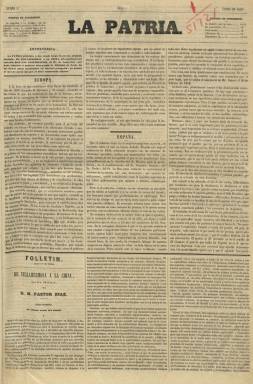
Título: La Patria (Madrid. 1849)
Colección: Periódicos
Ámbito geográfico: Madrid
Lugar de publicación: Madrid
Fechas: 01/01/1849-09/02/1851

Es un diario que aparece el uno de enero de 1849 como principal órgano de la facción del Partido Moderado conocida como de los “puritanos” (favorables a una alianza con los progresistas), fundado y dirigido por el más destacado de éstos, el político y escritor Joaquín Francisco Pacheco (1808-1865), quien se reveló como el más temido adversario periodístico del gobierno presidido, entre 1847 y 1851, por el general Ramón María Narváez (1800-1868), líder del propio partido conservador y principal artífice de la Constitución de 1845, máxima expresión del doctrinarismo español y que había dado lugar a la Década Moderada.

En el sector de los “puritanos” se encontraban también políticos, escritores y periodistas como Francisco Javier Istúriz (1790-1871), Nicomedes Pastor Díaz (1811-1863) o Antonio Ríos Rosas (1812-1873), que denominarán a su facción “partido moderado de la oposición”, con una tendencia liberal conservadora, que influiría en el movimiento posterior que dará lugar al Bienio Progresista (1854-1856).

Los principales redactores de La Patria fueron al también político conservador e historiador Antonio Benavides Fernández de Navarrete (1807-1884) y unos entonces jóvenes que estaban iniciando sus labores periodísticas como eran el poeta y dramaturgo Eulogio Florentino Sanz (1822-1881) y el que será durante la Restauración líder del Partido Conservador, Antonio Cánovas del Castillo (1828-1897).

Este diario empezará con sus números de cuatro páginas, compuestas a tres columnas, y cuando aumente su formato a partir del uno de junio de 1849, las incrementará también a cuatro columnas. Será un periódico con una buena calidad de impresión, estampado primero en el Establecimiento Tipográfico de Agustín Aguirre y Compañía, que aparecerá también como su editor responsable, y después en imprenta propia, y con una muy cuidada estructura formal de sus contenidos.

Con secciones como Europa, España, Boletín extranjero, Boletín nacional, Correspondencia extranjera, Correspondencia de provincias, Parte oficial, Cortes, Crónica de Madrid, de provincias y religiosa, Espectáculos, Variedades y Bolsa, así como Anuncios. Los faldones inferiores de sus dos primera planas lo ocupa el texto del Folletín.

Se trata de un diario de clara significación moderada pero a la vez profundamente contrario al gobierno asimismo moderado de quien era conocido como El Espadón de Loja, que destaca por el prestigio profesional y político del ilustre abogado que lo dirige, quien, además de haber dirigido ya algunos otros periódicos, en 1847 había presidido un fugaz Gobierno; y también por su escogida redacción y el elevado tono doctrinal y polémico que tuvo (Gómez Aparicio: 1967).

Publica artículos, crónicas y noticias, y su crítico literario y teatral será el propio Cánovas, que además será el autor cada lunes de una crónica semanal, y se convertirá en el discípulo predilecto de Pacheco. En Isabel II y la mujer en el siglo XIX (2010) se indica que Cánovas llegará también a dirigir el diario en 1851, y que cuando pase a ser propiedad del general Manuel Pavía (1814-1896), su línea editorial se tornará menos liberal.

El caso es que a partir del 15 de diciembre de 1849 se había reconvertido en “órgano de la oposición conservadora” del Congreso de los Diputados, combativa contra el mismo gobierno Narváez, y había asumido la dirección del diario el diputado Adrián García Hernández.

Tras la asunción del también liberal moderado Juan Bravo Murillo (1803-1873) de la presidencia del Gobierno, en sustitución de Narváez, el catorce de enero de 1851, la vida de este “disidente conservador” diario anuncia su cese en el número 649, del nueve de febrero de 1851, en una época en la que un 40 por ciento de la difusión de prensa estaba adscrita al moderantismo; un 30 por ciento, al progresismo y los demócratas, y un 25 por ciento al absolutismo católico y al carlismo.